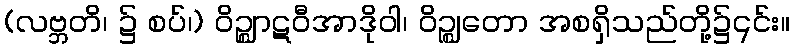
(လဗ္ဘတိ၊ ၌ စပ်၊) ဝိဉ္ဈာဋဝီအာဒိုဝါ၊ ဝိဉ္ဈတော အစရှိသည်တို့၌၎င်း။